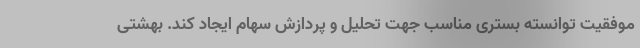
موفقیت توانسته بستری مناسب جهت تحلیل و پردازش سهام ایجاد کند. بهشتی